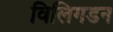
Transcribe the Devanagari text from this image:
विलिगडन